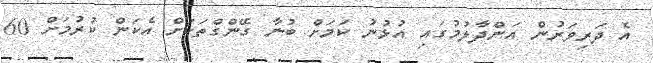
އެ ދަރިވަރުން އަންދާލުމުގައި އުޅުނު ކަމަށް ބުނާ ގޭންގްތަކަށް އެކަން ކުރުމަށް 60